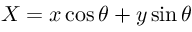
X = x \cos \theta + y \sin \theta